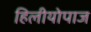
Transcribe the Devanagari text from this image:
हिलीयोपाज